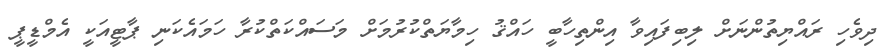
ދިވެހި ރައްޔިތުންނަށް ލިބިފައިވާ އިންތިހާބީ ހައްޤު ހިމާޔަތްކުރުމަށް މަސައްކަތްކުރާ ހަމައެކަނި ޕާޓީއަކީ އެމްޑީޕީ